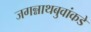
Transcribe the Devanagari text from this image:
जगन्नाथबुवांकडे